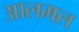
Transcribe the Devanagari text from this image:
आलमल